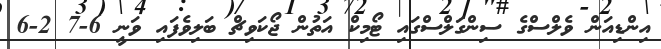
އިންޑިއަން ވެލްސްގެ ސިންގަލްސްގައި ޓޯމިކް އަތުން ޖޯކަވިޗް ބަލިވެފައި ވަނީ 6-7 2-6